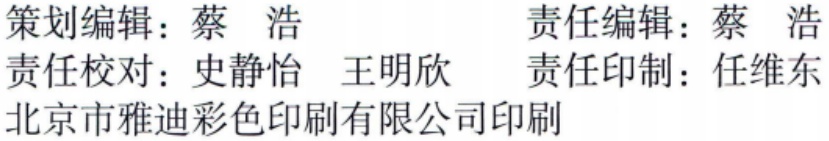
策划编辑：蔡 浩\

责任编辑：蔡 浩\

责任校对：史静怡 王明欣\

责任印制：任维东\

北京市雅迪彩色印刷有限公司印刷